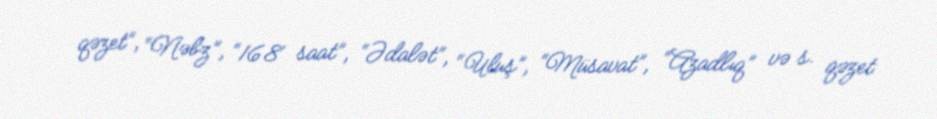
qəzet”, “Nəbz”, “168 saat”, “Ədalət”, “Uluş”, “Müsavat”, “Azadlıq” və s. qəzet